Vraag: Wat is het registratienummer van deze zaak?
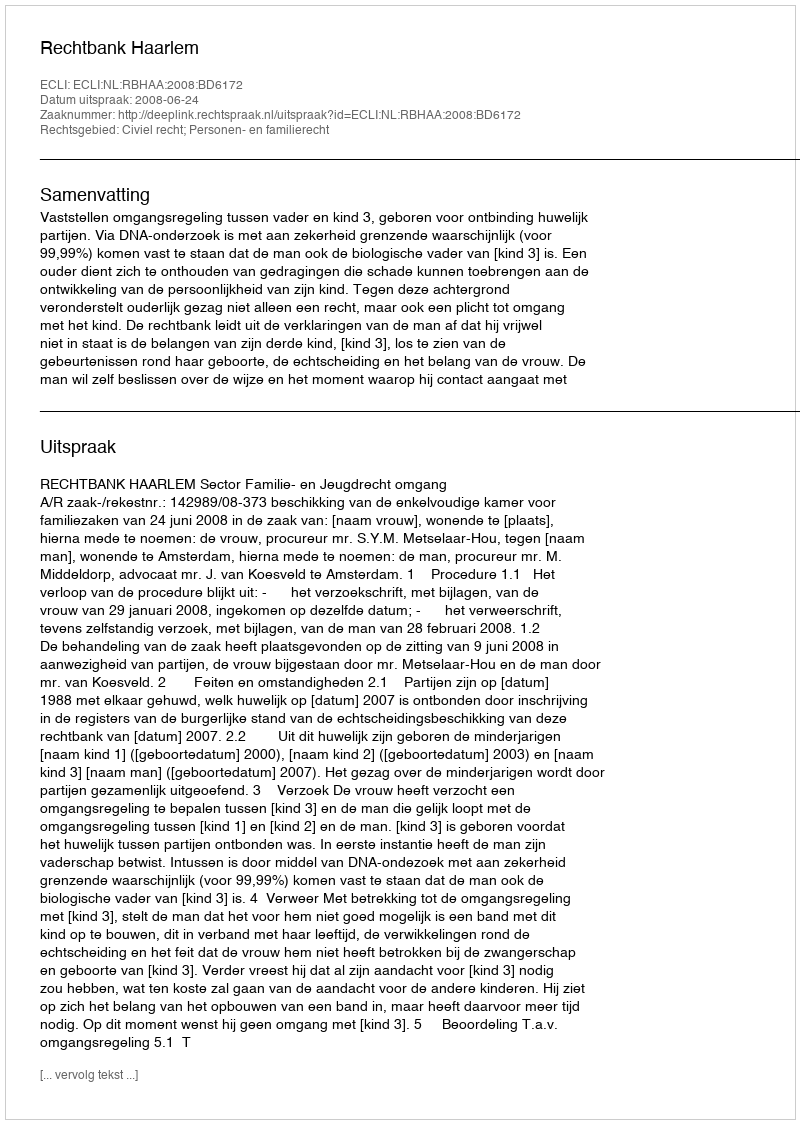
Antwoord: http://deeplink.rechtspraak.nl/uitspraak?id=ECLI:NL:RBHAA:2008:BD6172